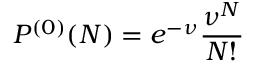
P ^ { ( 0 ) } ( N ) = e ^ { - \nu } \frac { \nu ^ { N } } { N ! }